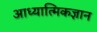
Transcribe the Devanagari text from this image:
आध्यात्मिकज्ञान